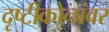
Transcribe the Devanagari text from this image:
दृष्टीकोनांवर